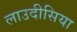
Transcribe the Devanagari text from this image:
लाउदीसिया